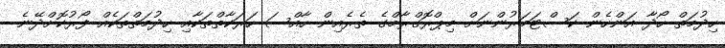
ހިދުމަތް ހޯދާ އަންހެން ކަސްޓަމަރުންނަށް މިޕްރޮގްރާމްގެ ތެރެއިން ހާއްސަ ހަރަކާތްތަކާއި ހިދުމަތްތަކެއް ފޯރުކޮށްދޭނެ